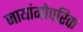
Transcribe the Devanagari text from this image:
जायांगोपरिक